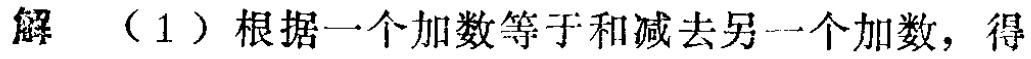
解 （1）根据一个加数等于和减去另一个加数，得